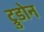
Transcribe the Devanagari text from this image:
ट्रुडोन